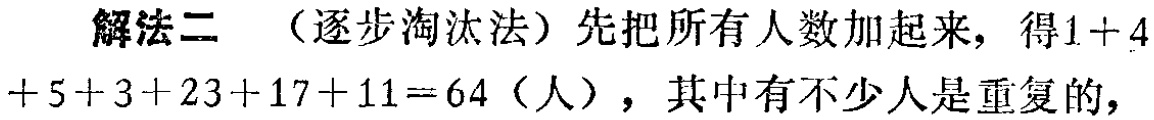
解法二 （逐步淘汰法）先把所有人数加起来，得\(1 + 4+5 + 3 + 23 + 17 + 11 = 64\)（人），其中有不少人是重复的，